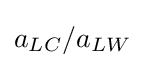
a_{LC}/a_{LW}